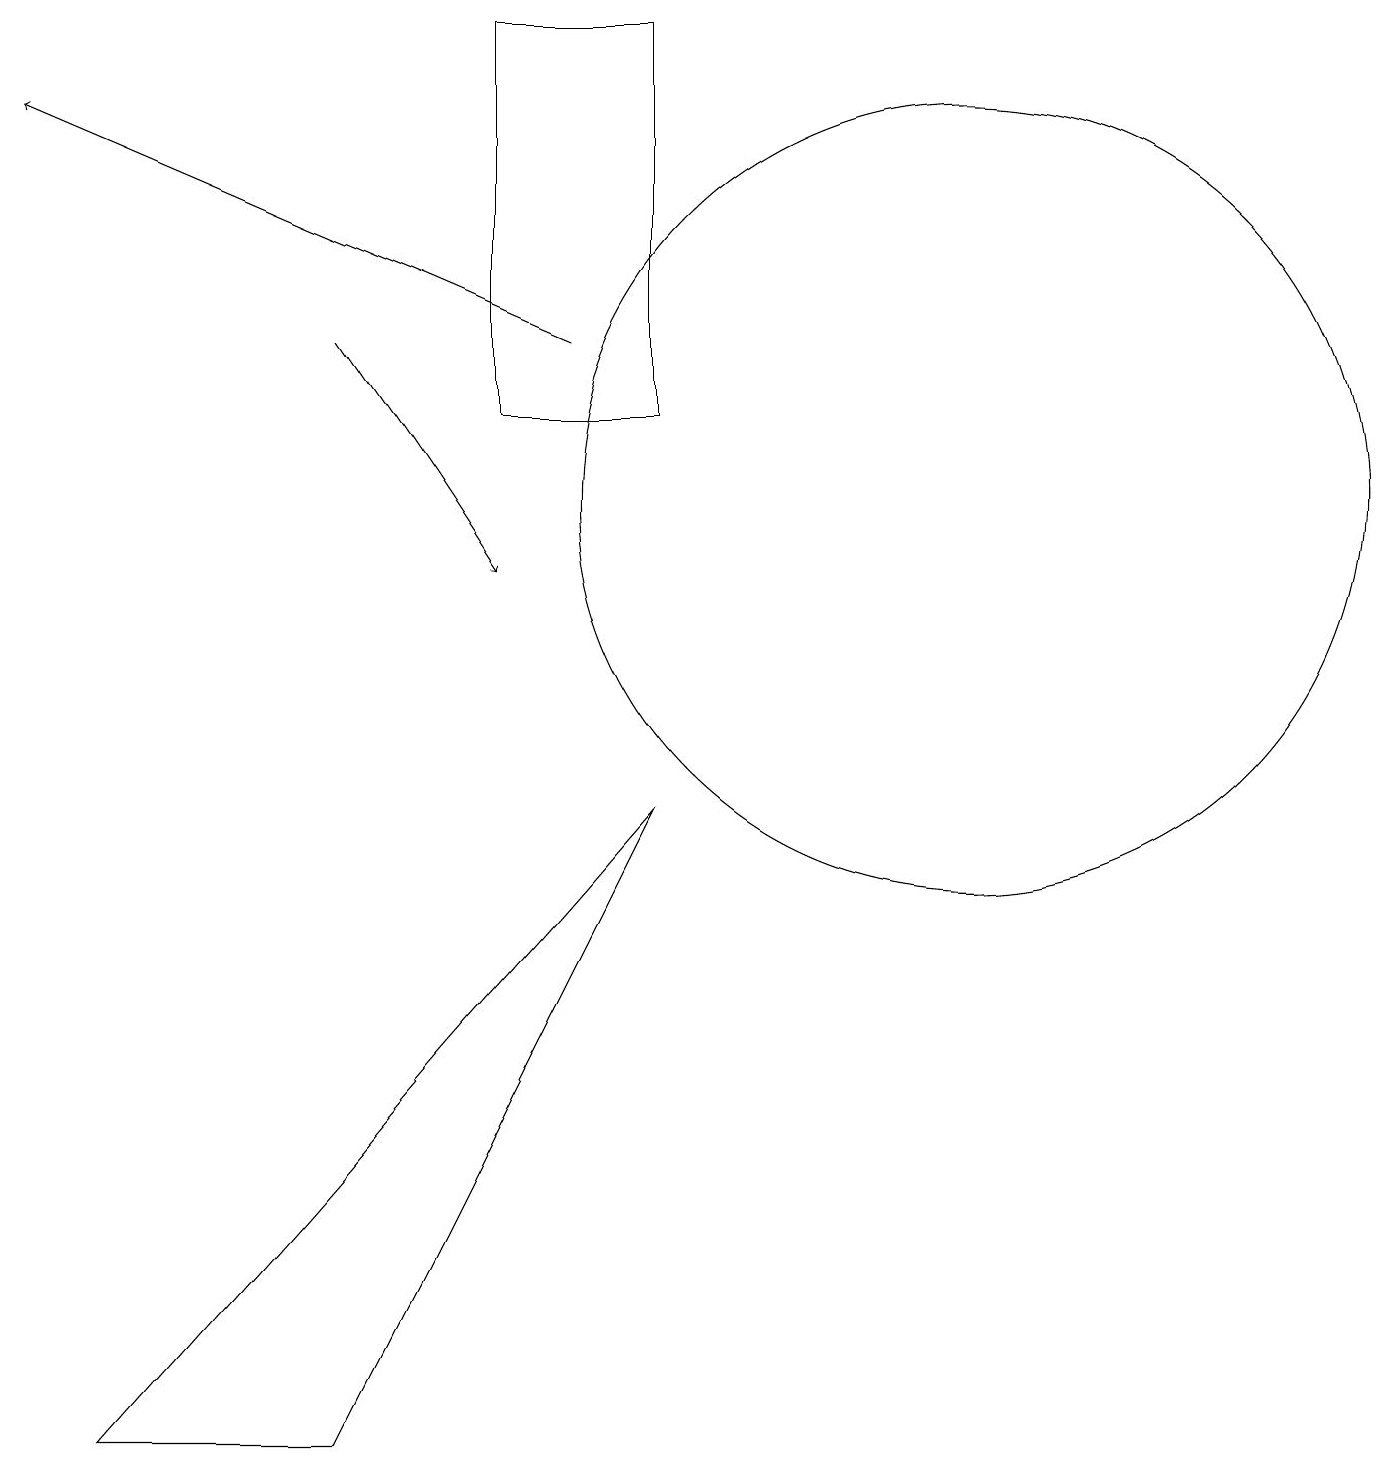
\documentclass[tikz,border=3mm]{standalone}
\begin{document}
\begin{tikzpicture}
\draw[->] (7,14) -- (0,17);
\draw (12,12) circle (5);
\draw[->] (4,14) -- (6,11);
\draw (8,18) rectangle (6,13);
\draw (4,0) -- (8,8) -- (1,0) -- cycle;
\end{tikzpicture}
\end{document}